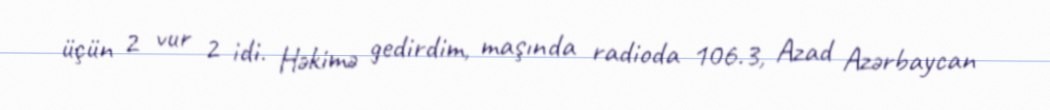
üçün 2 vur 2 idi. Həkimə gedirdim, maşında radioda 106.3, Azad Azərbaycan